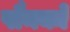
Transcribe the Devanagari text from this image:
पौनको